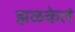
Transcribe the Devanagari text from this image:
झळकेलं